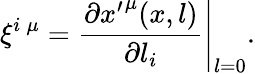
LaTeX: \xi^{i\: \mu}=\left.\frac{\partial{x^{\prime}}^{\mu}(x,l)}{\partial l_{i}}\right|_{l=0}.